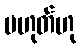
မဟုတ်ဟု